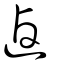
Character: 逌